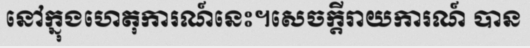
នៅក្នុងហេតុការណ៍នេះ។សេចក្តីរាយការណ៍ បាន